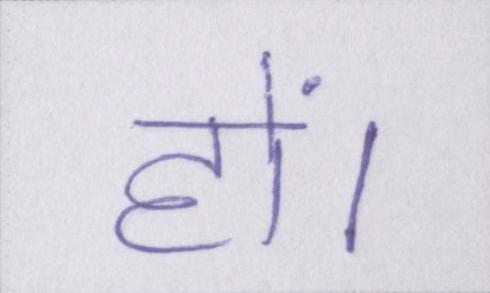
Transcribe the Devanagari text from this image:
हों।